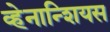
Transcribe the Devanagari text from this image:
व्हेनान्शियस